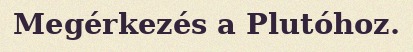
Megérkezés a Plutóhoz.